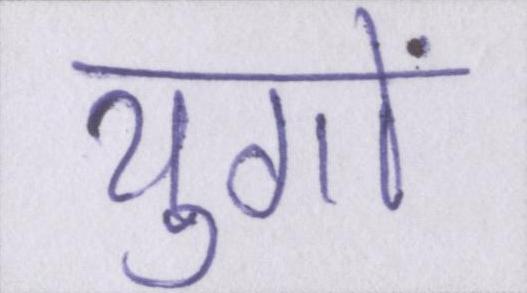
युगों